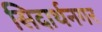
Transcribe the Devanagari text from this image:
सिदार्थनगर